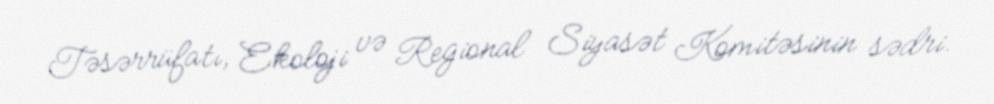
Təsərrüfatı, Ekoloji və Regional Siyasət Komitəsinin sədri.